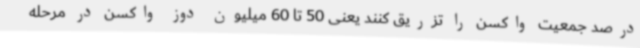
درصد جمعیت واکسن را تزریق کنند یعنی 50 تا 60 میلیون دوز واکسن در مرحله